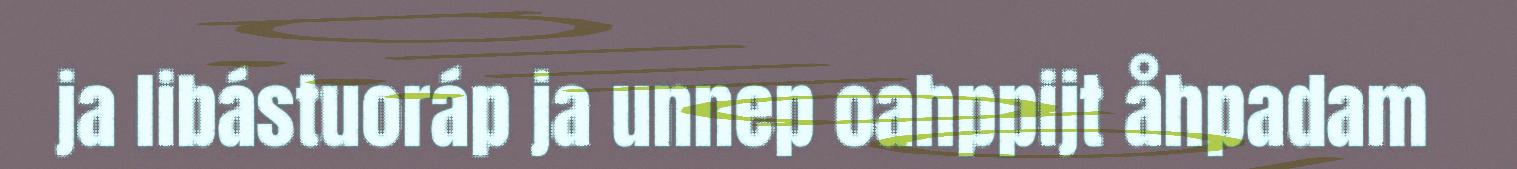
ja libástuoráp ja unnep oahppijt åhpadam